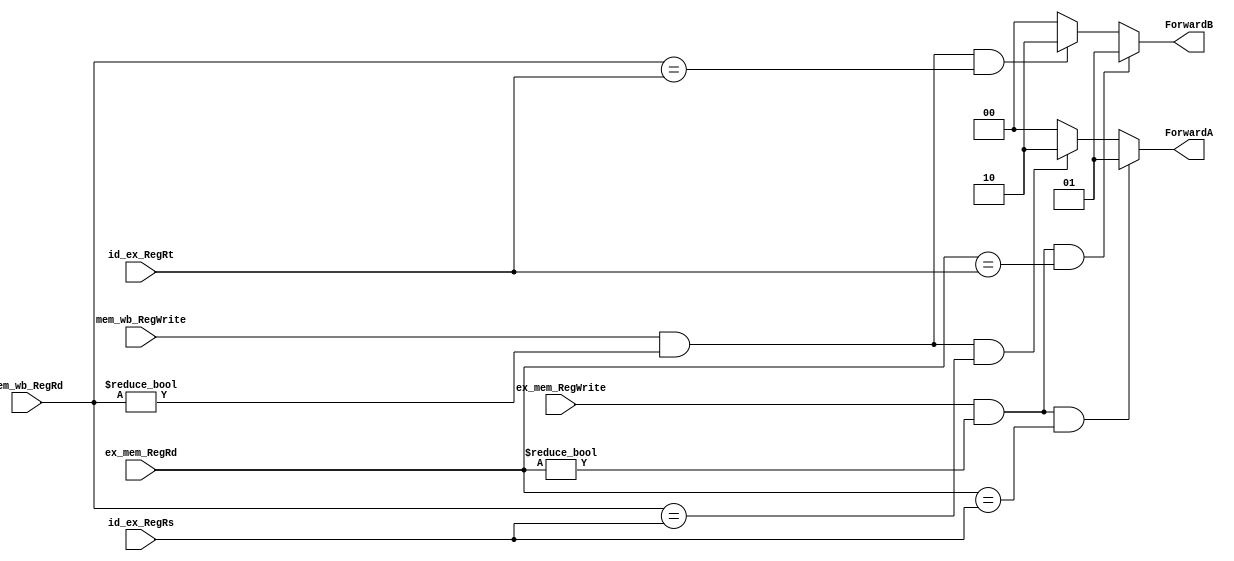
`timescale 1ns / 1ps
//////////////////////////////////////////////////////////////////////////////////
// Company: 
// 
// Design Name: 
// Module Name: forwarding_unit
// Project Name: 
// Target Devices: 
// Tool Versions: 
// Description: 
// 
// Dependencies: 
// 
// Revision:
// Revision 0.01 - File Created
// Additional Comments:
// 
//////////////////////////////////////////////////////////////////////////////////


module forwarding_unit(
    ex_mem_RegWrite,
    ex_mem_RegRd,
    id_ex_RegRs,
    id_ex_RegRt,
    mem_wb_RegWrite,
    mem_wb_RegRd,
    ForwardA,
    ForwardB
    );
    
input ex_mem_RegWrite;
input [5-1:0]ex_mem_RegRd;
input [5-1:0]id_ex_RegRs;
input [5-1:0]id_ex_RegRt;
input mem_wb_RegWrite;
input [5-1:0]mem_wb_RegRd;
output [2-1:0]ForwardA;
output [2-1:0]ForwardB;

reg [2-1:0]ForwardA;
reg [2-1:0]ForwardB;

always@(*)begin
 if( (ex_mem_RegWrite && (ex_mem_RegRd!=0)) && (ex_mem_RegRd == id_ex_RegRs) ) ForwardA=2'b01;
 else if ( mem_wb_RegWrite && (mem_wb_RegRd!=0) && (mem_wb_RegRd==id_ex_RegRs)) ForwardA=2'b10;
 else ForwardA=2'b00;
 
 if(ex_mem_RegWrite && (ex_mem_RegRd!=0) && (ex_mem_RegRd==id_ex_RegRt)) ForwardB = 2'b01;
 else if ( mem_wb_RegWrite && (mem_wb_RegRd!=0) && (mem_wb_RegRd==id_ex_RegRt) ) ForwardB=2'b10;
 else ForwardB = 2'b00; 
 
end
    
    
endmodule